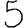
Digit: 5